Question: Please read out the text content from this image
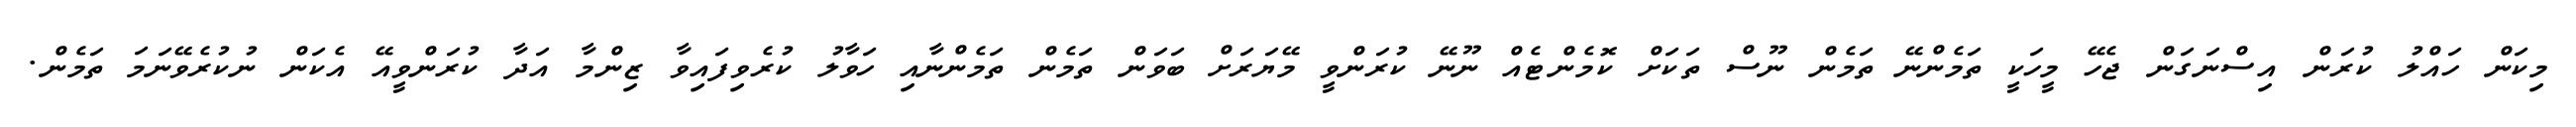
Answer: މިކަން ހައްލު ކުރަން އިސްނަގަން ޖެހޭ މީހަކީ ތަމެންނޭ ތަމެން ނޫސް ތަކަށް ކޮމެންޓެއް ނޫނޭ ކުރަންވީ މޭޔަރަށް ބަވަން ތަމެން ތަމެންނާއި ހަވާލު ކުރެވިފައިވާ ޒިންމާ އަދާ ކުރަންވީއޭ އެކަން ނުކުރެވޭނަމަ ތަމެން.